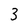
Character: 3